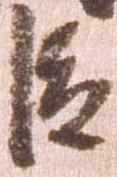
臣